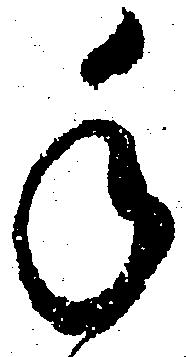
手